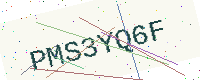
Text: PMS3YQ6F